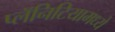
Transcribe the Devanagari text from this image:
प्लॅनिटियामध्ये